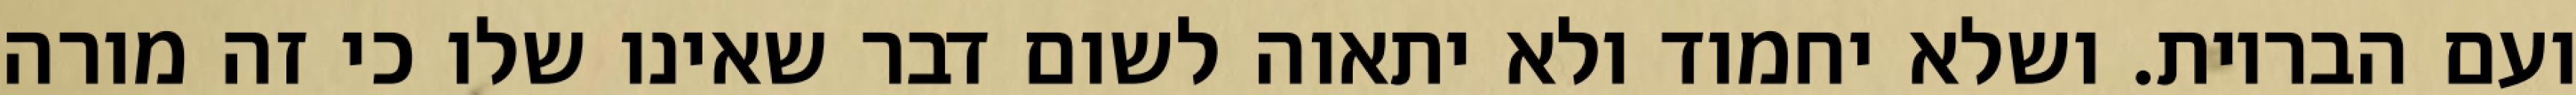
ועם הבריות. ושלא יחמוד ולא יתאוה לשום דבר שאינו שלו כי זה מורה